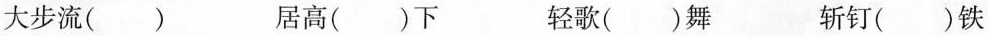
大步流（ ）居高（ ）下 轻歌( )舞 斩钉( )铁